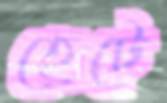
হেটে